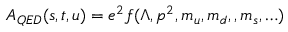
A _ { Q E D } ( s , t , u ) = e ^ { 2 } f ( \Lambda , p ^ { 2 } , m _ { u } , m _ { d } , , m _ { s } , \ldots ) \,